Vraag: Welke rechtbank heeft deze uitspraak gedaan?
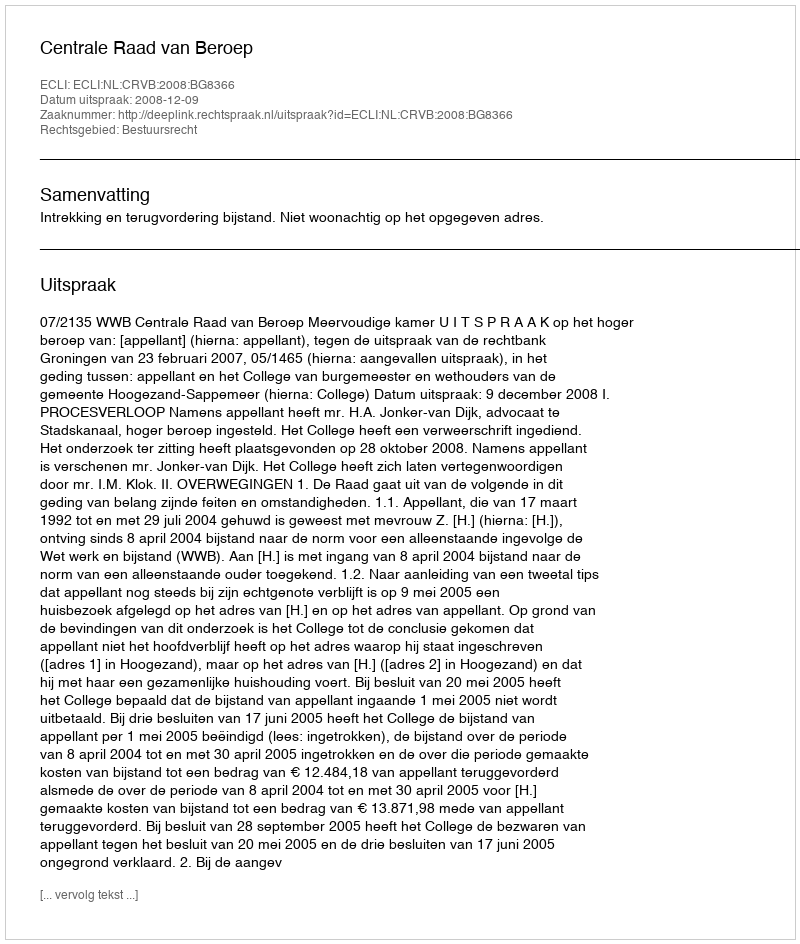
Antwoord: Centrale Raad van Beroep